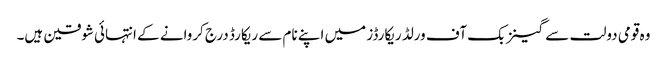
وہ قومی دولت سے گینز بک آف ورلڈ ریکارڈز میں اپنے نام سے ریکارڈ درج کروانے کے انتہائی شوقین ہیں۔